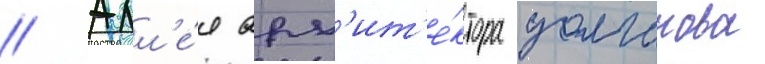
// Алл'е́я арх'ит'е́ктора долганова